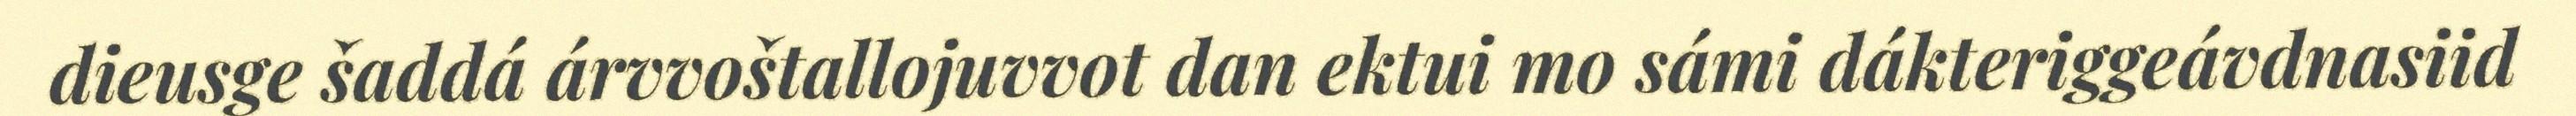
dieusge šaddá árvvoštallojuvvot dan ektui mo sámi dákteriggeávdnasiid